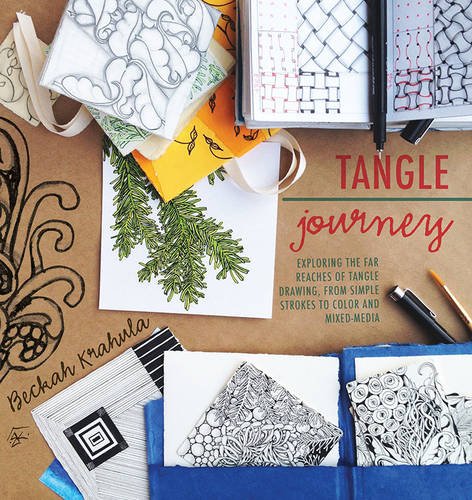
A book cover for Tangle Journey: Exploring the Far Reaches of Tangle Drawing, from simple strokes to color and mixed media; Beckah Krahula; Arts & Photography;